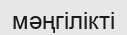
мәңгілікті